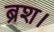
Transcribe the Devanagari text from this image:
ब्रश।